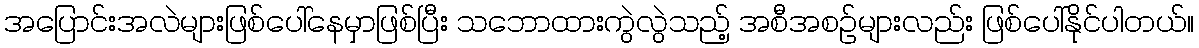
အပြောင်းအလဲများဖြစ်ပေါ်နေမှာဖြစ်ပြီး သဘောထားကွဲလွဲသည့် အစီအစဉ်များလည်း ဖြစ်ပေါ်နိုင်ပါတယ်။